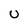
Character: U